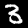
Label: 3